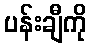
ပန်းချီကို